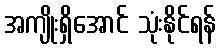
အကျိုးရှိအောင် သုံးနိုင်ရန်